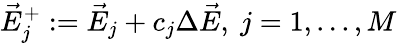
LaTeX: \displaystyle{\vec{E}_{j}^{+}:=\vec{E}_{j}+c_{j}\Delta\vec{E},\ j=1,...,M}